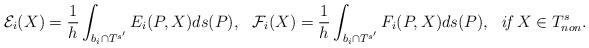
LaTeX: \begin{align*}\mathcal{E}_i(X)=\frac{1}{h}\int_{b_i\cap T^{s'}}E_i(P,X)ds(P), ~~ \mathcal{F}_i(X)=\frac{1}{h}\int_{b_i\cap T^{s'}}F_i(P,X)ds(P), ~~ \textit{if}~X\in T_{non}^s. \end{align*}